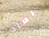
يعاد